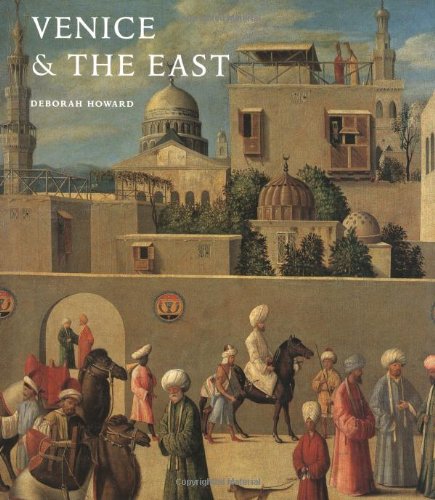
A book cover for Venice & the East: The Impact of the Islamic World on Venetian Architecture 1100EE1500; Deborah Howard; Arts & Photography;